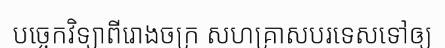
បច្ចេកវិទ្យាពីរោងចក្រ សហគ្រាសបរទេសទៅឲ្យ